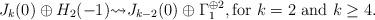
LaTeX: \begin{align*} J_{k}(0) \oplus H_2(-1) {\rightsquigarrow} J_{k-2}(0) \oplus \Gamma_1^{\oplus 2}, \mbox{for $k=2$ and $k \geq 4$}.\end{align*}